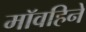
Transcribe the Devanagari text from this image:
मॉवहिने